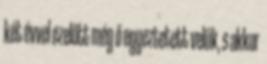
két évvel ezelőtt még ő egyeztetett velük, s akkor